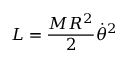
L = { \frac { M R ^ { 2 } } { 2 } } { \dot { \theta } } ^ { 2 }